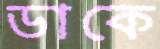
ডাকে